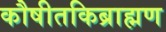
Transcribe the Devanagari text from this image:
कौषीतकिब्राह्मण